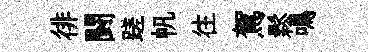
徘闘蹉帆往駕鬆鳴